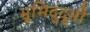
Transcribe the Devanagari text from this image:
भूमिदुंदुभी